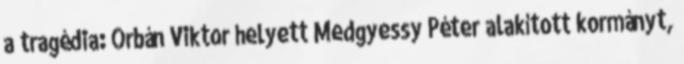
a tragédia: Orbán Viktor helyett Med­gyessy Péter alakított kormányt,